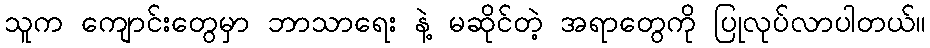
သူက ကျောင်းတွေမှာ ဘာသာရေး နဲ့ မဆိုင်တဲ့ အရာတွေကို ပြုလုပ်လာပါတယ်။